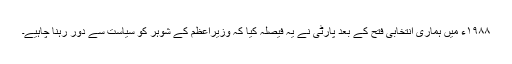
۱۹۸۸ء میں ہماری انتخابی فتح کے بعد پارٹی نے یہ فیصلہ کیا کہ وزیراعظم کے شوہر کو سیاست سے دور رہنا چاہیے۔